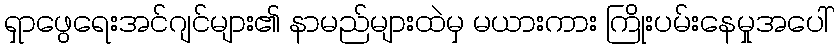
ရှာဖွေရေးအင်ဂျင်များ၏ နာမည်များထဲမှ မယားကား ကြိုးပမ်းနေမှုအပေါ်